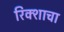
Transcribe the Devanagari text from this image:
रिक्शाचा